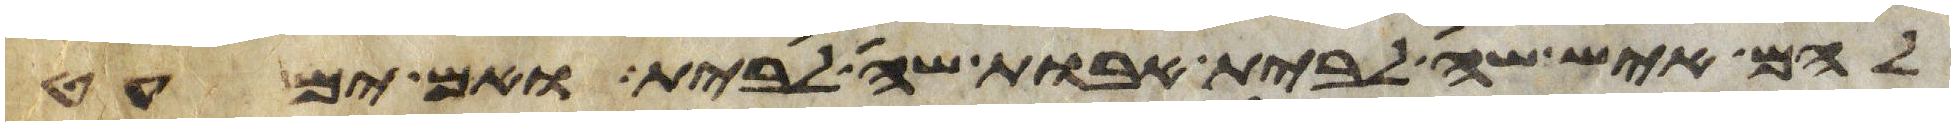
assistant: להם איש שה לבית אבות שה לבית ואם ימעט